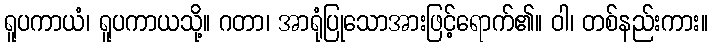
ရူပကာယံ၊ ရူပကာယသို့။ ဂတာ၊ အာရုံပြုသောအားဖြင့်ရောက်၏။ ဝါ၊ တစ်နည်းကား။